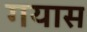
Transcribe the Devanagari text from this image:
गयास